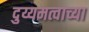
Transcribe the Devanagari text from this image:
दुय्यमत्वाच्या